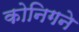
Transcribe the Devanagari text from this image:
कोनिगने